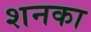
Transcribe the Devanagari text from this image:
शनका